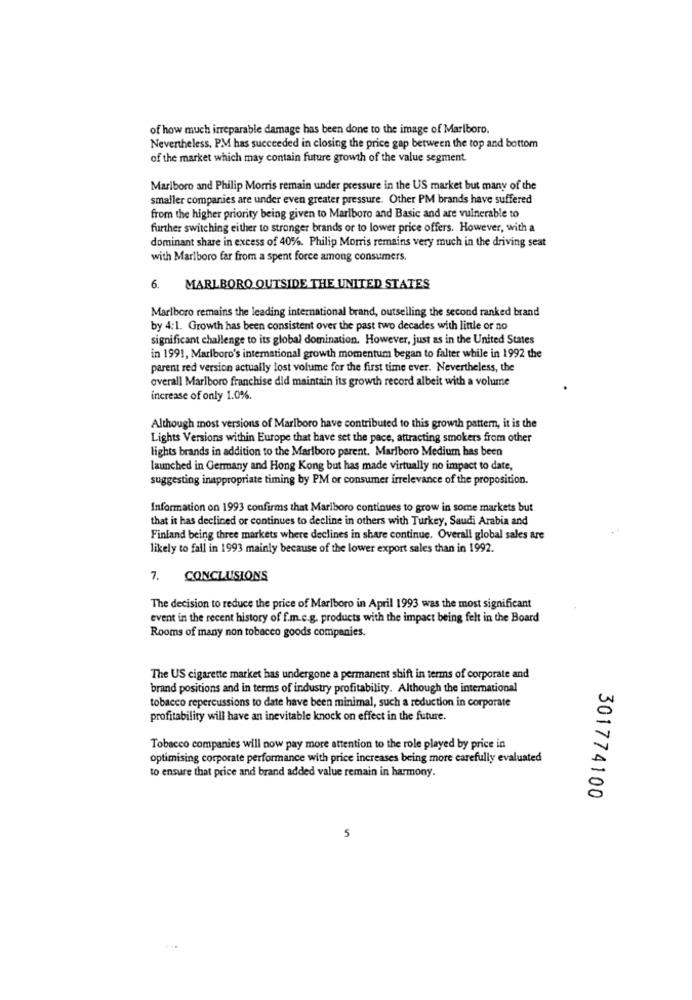
of how much irreparable damage has been done to the image of Marlboro.
Nevertheless, PM has succeeded in closing the price gap between the top and bottom
of the market which may contain future growth of the value segment.
Marlboro and Philip Morris remain under pressure in the US market but many of the
smaller companies are under even greater pressure. Other PM brands have suffered
from the higher priority being given to Marlboro and Basic and are vulnerable to
further switching either to stronger brands or to lower price offers. However, with a
dominant share in excess of 40%. Philip Morris remains very much in the driving seat
with Marlboro far from a spent force among consumers.
6. MARLBORO OUTSIDE THE UNITED STATES
Marlboro remains the leading international brand, outselling the second ranked brand
by 4:1. Growth has been consistent over the past two decades with little or no
significant challenge to its global domination. However, just as in the United States
in 1991, Marlboro's international growth momentum began to falter while in 1992 the
parent red version actually lost volume for the first time ever. Nevertheless, the
overall Marlboro franchise did maintain its growth record albeit with a volume
increase of only 1.0%.
Although most versions of Marlboro have contributed to this growth pattern, it is the
Lights Versions within Europe that have set the pace, attracting smokers from other
lights brands in addition to the Marlboro parent. Marlboro Medium has been
launched in Germany and Hong Kong but has made virtually no impact to date,
suggesting inappropriate timing by PM or consumer irrelevance of the proposition.
Information on 1993 confirms that Marlboro continues to grow in some markets but
that it has declined or continues to decline in others with Turkey, Saudi Arabia and
Finland being three markets where declines in share continue. Overall global sales are
likely to fall in 1993 mainly because of the lower export sales than in 1992.
7. CONCLUSIONS
The decision to reduce the price of Marlboro in April 1993 was the most significant
event in the recent history of f.m.e.g. products with the impact being felt in the Board
Rooms of many non tobacco goods companies.
The US cigarette market has undergone a permanent shift in terms of corporate and
brand positions and in terms of industry profitability. Although the international
tobacco repercussions to date have been minimal, such a reduction in corporate
profitability will have an inevitable knock on effect in the future.
Tobacco companies will now pay more attention to the role played by price in
optimising corporate performance with price increases being more carefully evaluated
to ensure that price and brand added value remain in harmony.
301774100
5